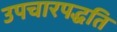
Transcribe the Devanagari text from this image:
उपचारपद्धति